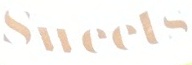
Sweets